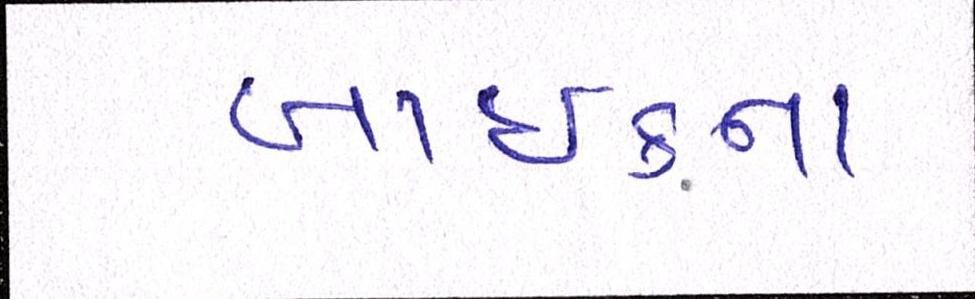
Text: બાઈકના